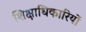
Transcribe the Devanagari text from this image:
शिक्षाधिकारियों